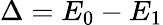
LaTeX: \Delta=E_{0}-E_{1}